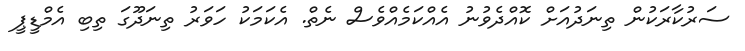
ސަރުކާރަކުން ތިނަދުއަށް ކޮއްދެވުނު އެއްކަމެއްވެސް ނެތް. އެކަމަކު ހަވަރު ތިނަދޫގަ ތިބި އެމްޑީޕީ